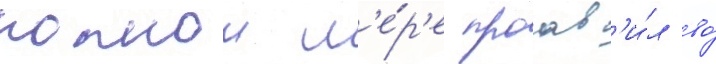
полнои м'е́р'е проав'и́л во́